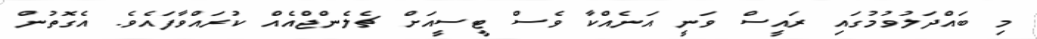
މި ބައްދަލުވުމުގައި ރައީސް ވަނީ އަނެއްކާ ވެސް ޓީސީއަށް ޗެލެންޖްއެއް ކުރައްވާފައެވެ. އެގޮތުން